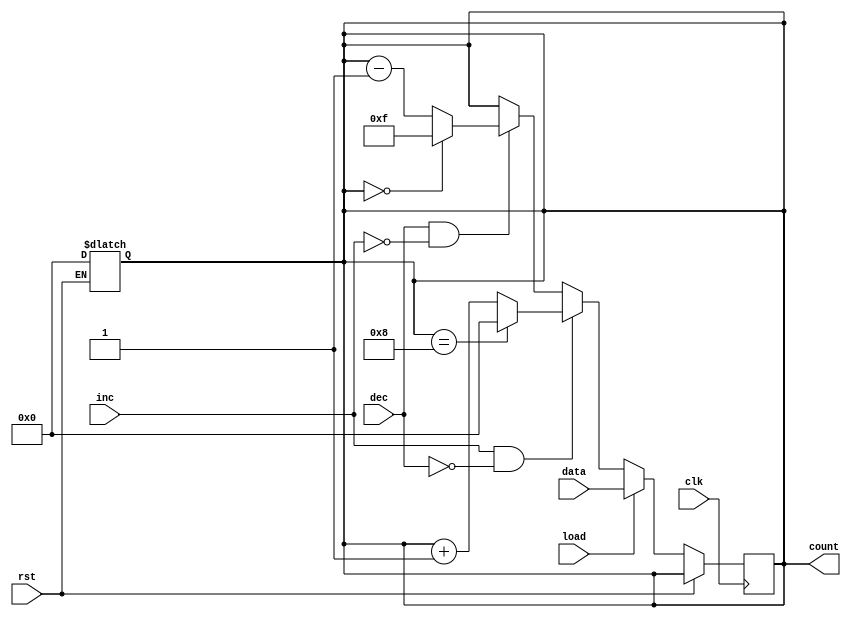
module async_load_counter #(
    parameter WIDTH = 4 // Parameter to set the width of the counter
)(
    input wire clk,             // Clock input
    input wire rst,             // Asynchronous reset
    input wire load,            // Load control signal
    input wire [WIDTH-1:0] data,// Data input for loading the counter
    input wire inc,             // Increment control signal
    input wire dec,             // Decrement control signal
    output reg [WIDTH-1:0] count // Current count output
);

    // Asynchronous Reset
    always @(*) begin
        if (rst) begin
            count <= {WIDTH{1'b0}}; // Reset counter to 0
        end
    end

    // Counting and Load Operation on Clock Edge
    always @(posedge clk) begin
        if (!rst) begin // Only consider behavior when not in reset
            if (load) begin
                count <= data; // Load the specified value
            end else if (inc && !dec) begin
                if (count == {1'b1, {WIDTH-1{1'b0}}}) begin
                    count <= {1'b0, {WIDTH-1{1'b0}}}; // Wrap around to 0
                end else begin
                    count <= count + 1; // Increment
                end
            end else if (dec && !inc) begin
                if (count == {WIDTH{1'b0}}) begin
                    count <= {1'b1, {WIDTH-1{1'b1}}}; // Wrap around to max
                end else begin
                    count <= count - 1; // Decrement
                end
            end
            // If both inc and dec are asserted, do nothing
        end
    end
endmodule